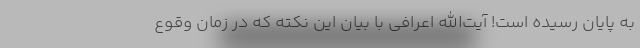
به پایان رسیده است! آیت‌الله اعرافی با بیان این نکته که در زمان وقوع